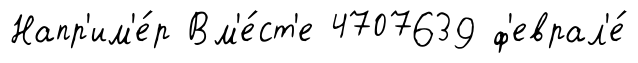
Напр'им'е́р Вм'е́ст'е 4707639 ф'еврал'е́